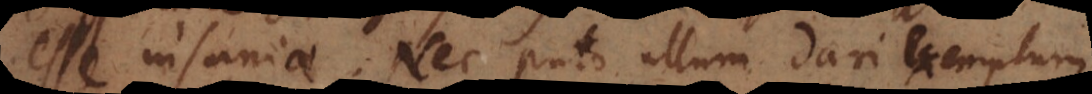
esse insaniae. Nec puto ullum dari exemplum